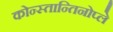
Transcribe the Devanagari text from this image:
कोन्स्तान्तिनोप्ले